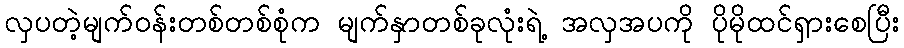
လှပတဲ့မျက်ဝန်းတစ်တစ်စုံက မျက်နှာတစ်ခုလုံးရဲ့ အလှအပကို ပိုမိုထင်ရှားစေပြီး